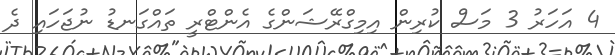
4 އަހަރު 3 މަސް ކުރިން އިމިގްރޭޝަންގެ އެންޓްރީ ތައްގަނޑު ނުޖަހައި ދެ